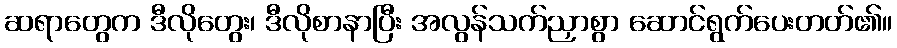
ဆရာတွေက ဒီလိုတွေး၊ ဒီလိုစာနာပြီး အလွန်သက်ညှာစွာ ဆောင်ရွက်ပေးတတ်၏။